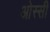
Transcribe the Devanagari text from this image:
ओस्सी